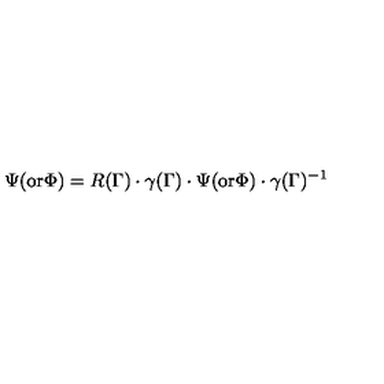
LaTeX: \Psi ( \mathrm { o r } \Phi ) = R ( \Gamma ) \cdot \gamma ( \Gamma ) \cdot \Psi ( \mathrm { o r } \Phi ) \cdot \gamma ( \Gamma ) ^ { - 1 }